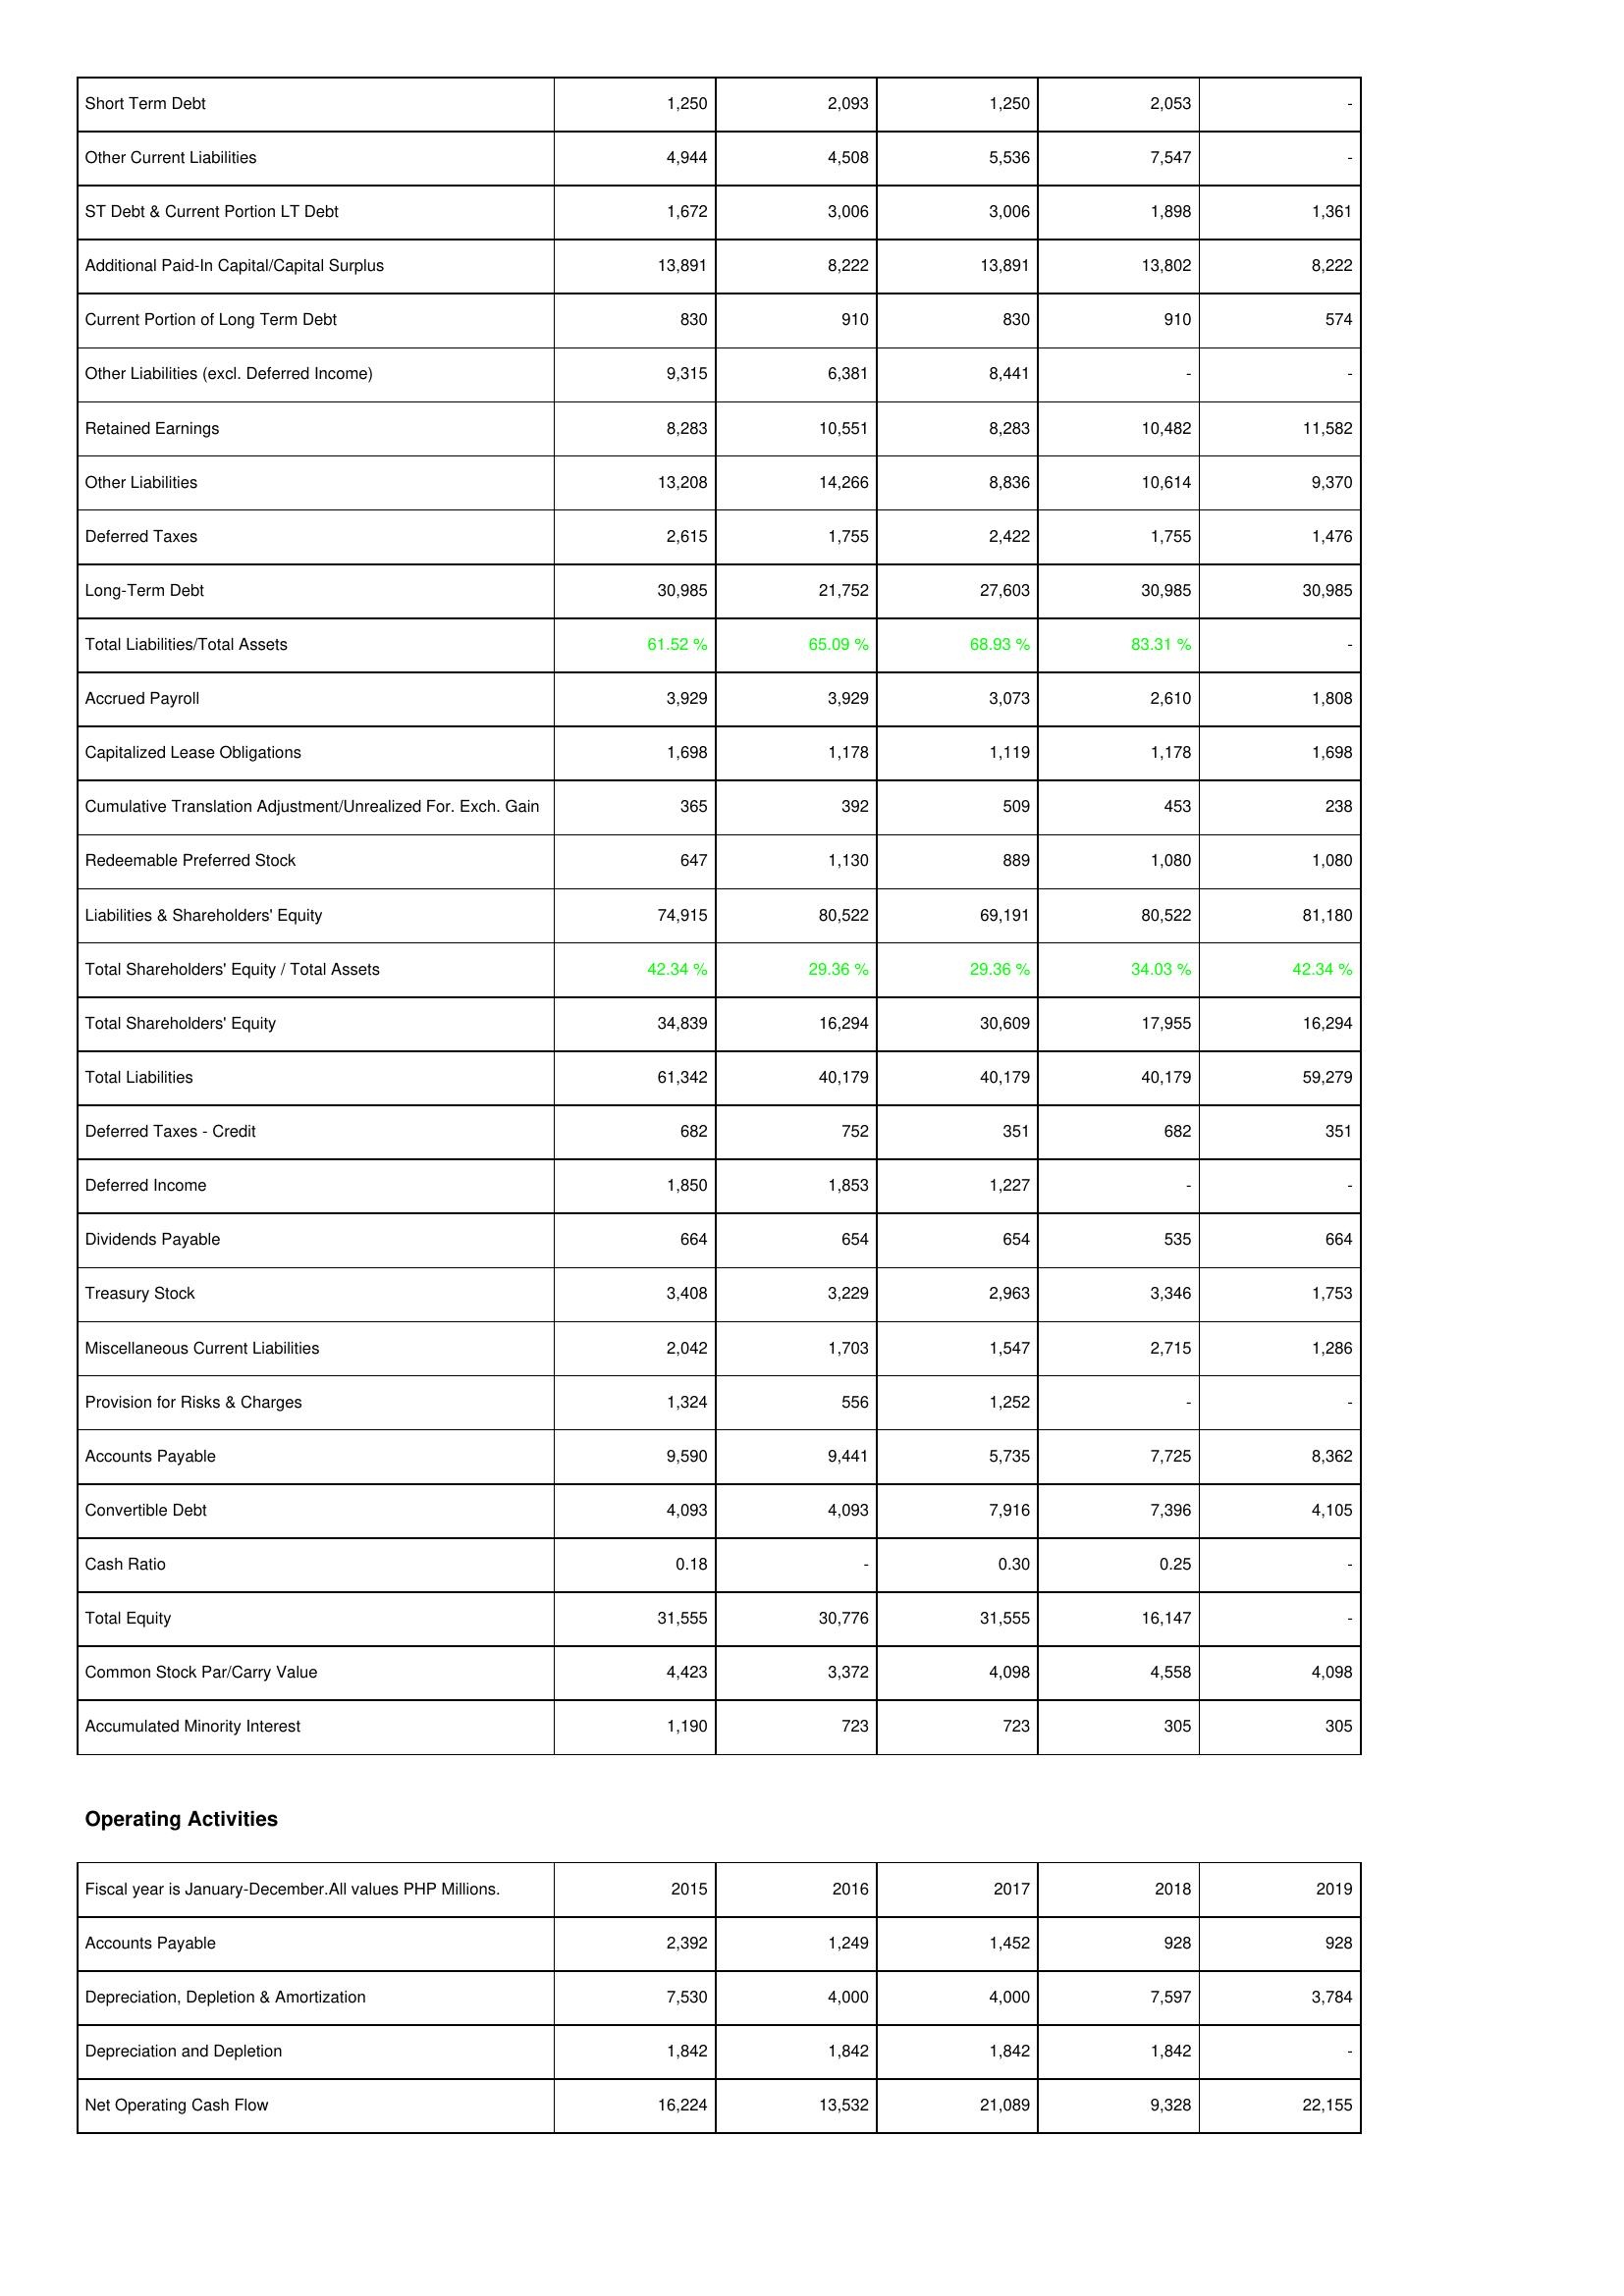
2015: Liabilities & Shareholders' Equity: Short Term Debt: 1,250
Other Current Liabilities: 4,944
ST Debt & Current Portion LT Debt: 1,672
Additional Paid-In Capital/Capital Surplus: 13,891
Current Portion of Long Term Debt: 830
Other Liabilities (excl. Deferred Income): 9,315
Retained Earnings: 8,283
Other Liabilities: 13,208
Deferred Taxes: 2,615
Long-Term Debt: 30,985
Total Liabilities/Total Assets: 61.52 %
Accrued Payroll: 3,929
Capitalized Lease Obligations: 1,698
Cumulative Translation Adjustment/Unrealized For. Exch. Gain: 365
Redeemable Preferred Stock: 647
Liabilities & Shareholders' Equity: 74,915
Total Shareholders' Equity / Total Assets: 42.34 %
Total Shareholders' Equity: 34,839
Total Liabilities: 61,342
Deferred Taxes - Credit: 682
Deferred Income: 1,850
Dividends Payable: 664
Treasury Stock: 3,408
Miscellaneous Current Liabilities: 2,042
Provision for Risks & Charges: 1,324
Accounts Payable: 9,590
Convertible Debt: 4,093
Cash Ratio: 0.18
Total Equity: 31,555
Common Stock Par/Carry Value: 4,423
Accumulated Minority Interest: 1,190
Operating Activities: Accounts Payable: 2,392
Depreciation, Depletion & Amortization: 7,530
Depreciation and Depletion: 1,842
Net Operating Cash Flow: 16,224
2016: Liabilities & Shareholders' Equity: Short Term Debt: 2,093
Other Current Liabilities: 4,508
ST Debt & Current Portion LT Debt: 3,006
Additional Paid-In Capital/Capital Surplus: 8,222
Current Portion of Long Term Debt: 910
Other Liabilities (excl. Deferred Income): 6,381
Retained Earnings: 10,551
Other Liabilities: 14,266
Deferred Taxes: 1,755
Long-Term Debt: 21,752
Total Liabilities/Total Assets: 65.09 %
Accrued Payroll: 3,929
Capitalized Lease Obligations: 1,178
Cumulative Translation Adjustment/Unrealized For. Exch. Gain: 392
Redeemable Preferred Stock: 1,130
Liabilities & Shareholders' Equity: 80,522
Total Shareholders' Equity / Total Assets: 29.36 %
Total Shareholders' Equity: 16,294
Total Liabilities: 40,179
Deferred Taxes - Credit: 752
Deferred Income: 1,853
Dividends Payable: 654
Treasury Stock: 3,229
Miscellaneous Current Liabilities: 1,703
Provision for Risks & Charges: 556
Accounts Payable: 9,441
Convertible Debt: 4,093
Cash Ratio: -
Total Equity: 30,776
Common Stock Par/Carry Value: 3,372
Accumulated Minority Interest: 723
Operating Activities: Accounts Payable: 1,249
Depreciation, Depletion & Amortization: 4,000
Depreciation and Depletion: 1,842
Net Operating Cash Flow: 13,532
2017: Liabilities & Shareholders' Equity: Short Term Debt: 1,250
Other Current Liabilities: 5,536
ST Debt & Current Portion LT Debt: 3,006
Additional Paid-In Capital/Capital Surplus: 13,891
Current Portion of Long Term Debt: 830
Other Liabilities (excl. Deferred Income): 8,441
Retained Earnings: 8,283
Other Liabilities: 8,836
Deferred Taxes: 2,422
Long-Term Debt: 27,603
Total Liabilities/Total Assets: 68.93 %
Accrued Payroll: 3,073
Capitalized Lease Obligations: 1,119
Cumulative Translation Adjustment/Unrealized For. Exch. Gain: 509
Redeemable Preferred Stock: 889
Liabilities & Shareholders' Equity: 69,191
Total Shareholders' Equity / Total Assets: 29.36 %
Total Shareholders' Equity: 30,609
Total Liabilities: 40,179
Deferred Taxes - Credit: 351
Deferred Income: 1,227
Dividends Payable: 654
Treasury Stock: 2,963
Miscellaneous Current Liabilities: 1,547
Provision for Risks & Charges: 1,252
Accounts Payable: 5,735
Convertible Debt: 7,916
Cash Ratio: 0.30
Total Equity: 31,555
Common Stock Par/Carry Value: 4,098
Accumulated Minority Interest: 723
Operating Activities: Accounts Payable: 1,452
Depreciation, Depletion & Amortization: 4,000
Depreciation and Depletion: 1,842
Net Operating Cash Flow: 21,089
2018: Liabilities & Shareholders' Equity: Short Term Debt: 2,053
Other Current Liabilities: 7,547
ST Debt & Current Portion LT Debt: 1,898
Additional Paid-In Capital/Capital Surplus: 13,802
Current Portion of Long Term Debt: 910
Other Liabilities (excl. Deferred Income): -
Retained Earnings: 10,482
Other Liabilities: 10,614
Deferred Taxes: 1,755
Long-Term Debt: 30,985
Total Liabilities/Total Assets: 83.31 %
Accrued Payroll: 2,610
Capitalized Lease Obligations: 1,178
Cumulative Translation Adjustment/Unrealized For. Exch. Gain: 453
Redeemable Preferred Stock: 1,080
Liabilities & Shareholders' Equity: 80,522
Total Shareholders' Equity / Total Assets: 34.03 %
Total Shareholders' Equity: 17,955
Total Liabilities: 40,179
Deferred Taxes - Credit: 682
Deferred Income: -
Dividends Payable: 535
Treasury Stock: 3,346
Miscellaneous Current Liabilities: 2,715
Provision for Risks & Charges: -
Accounts Payable: 7,725
Convertible Debt: 7,396
Cash Ratio: 0.25
Total Equity: 16,147
Common Stock Par/Carry Value: 4,558
Accumulated Minority Interest: 305
Operating Activities: Accounts Payable: 928
Depreciation, Depletion & Amortization: 7,597
Depreciation and Depletion: 1,842
Net Operating Cash Flow: 9,328
2019: Liabilities & Shareholders' Equity: Short Term Debt: -
Other Current Liabilities: -
ST Debt & Current Portion LT Debt: 1,361
Additional Paid-In Capital/Capital Surplus: 8,222
Current Portion of Long Term Debt: 574
Other Liabilities (excl. Deferred Income): -
Retained Earnings: 11,582
Other Liabilities: 9,370
Deferred Taxes: 1,476
Long-Term Debt: 30,985
Total Liabilities/Total Assets: -
Accrued Payroll: 1,808
Capitalized Lease Obligations: 1,698
Cumulative Translation Adjustment/Unrealized For. Exch. Gain: 238
Redeemable Preferred Stock: 1,080
Liabilities & Shareholders' Equity: 81,180
Total Shareholders' Equity / Total Assets: 42.34 %
Total Shareholders' Equity: 16,294
Total Liabilities: 59,279
Deferred Taxes - Credit: 351
Deferred Income: -
Dividends Payable: 664
Treasury Stock: 1,753
Miscellaneous Current Liabilities: 1,286
Provision for Risks & Charges: -
Accounts Payable: 8,362
Convertible Debt: 4,105
Cash Ratio: -
Total Equity: -
Common Stock Par/Carry Value: 4,098
Accumulated Minority Interest: 305
Operating Activities: Accounts Payable: 928
Depreciation, Depletion & Amortization: 3,784
Depreciation and Depletion: -
Net Operating Cash Flow: 22,155